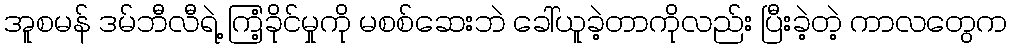
အူစမန် ဒမ်ဘီလီရဲ့ ကြံ့ခိုင်မှုကို မစစ်ဆေးဘဲ ခေါ်ယူခဲ့တာကိုလည်း ပြီးခဲ့တဲ့ ကာလတွေက